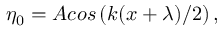
\eta _ { 0 } = A c o s \left( k ( x + \lambda ) / 2 \right) ,